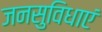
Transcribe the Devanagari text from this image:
जनसुविधाएं